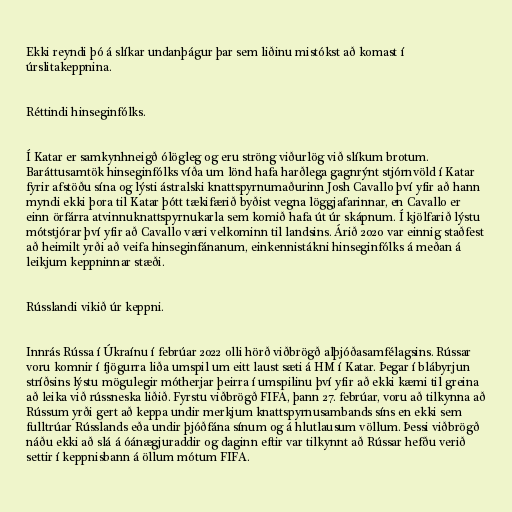
Ekki reyndi þó á slíkar undanþágur þar sem liðinu mistókst að komast í
úrslitakeppnina.

Réttindi hinseginfólks.

Í Katar er samkynhneigð ólögleg og eru ströng viðurlög við slíkum brotum.
Baráttusamtök hinseginfólks víða um lönd hafa harðlega gagnrýnt stjórnvöld í Katar
fyrir afstöðu sína og lýsti ástralski knattspyrnumaðurinn Josh Cavallo því yfir að hann
myndi ekki þora til Katar þótt tækifærið byðist vegna löggjafarinnar, en Cavallo er
einn örfárra atvinnuknattspyrnukarla sem komið hafa út úr skápnum. Í kjölfarið lýstu
mótstjórar því yfir að Cavallo væri velkominn til landsins. Árið 2020 var einnig staðfest
að heimilt yrði að veifa hinseginfánanum, einkennistákni hinseginfólks á meðan á
leikjum keppninnar stæði.

Rússlandi vikið úr keppni.

Innrás Rússa í Úkraínu í febrúar 2022 olli hörð viðbrögð alþjóðasamfélagsins. Rússar
voru komnir í fjögurra liða umspil um eitt laust sæti á HM í Katar. Þegar í blábyrjun
stríðsins lýstu mögulegir mótherjar þeirra í umspilinu því yfir að ekki kæmi til greina
að leika við rússneska liðið. Fyrstu viðbrögð FIFA, þann 27. febrúar, voru að tilkynna að
Rússum yrði gert að keppa undir merkjum knattspyrnusambands síns en ekki sem
fulltrúar Rússlands eða undir þjóðfána sínum og á hlutlausum völlum. Þessi viðbrögð
náðu ekki að slá á óánægjuraddir og daginn eftir var tilkynnt að Rússar hefðu verið
settir í keppnisbann á öllum mótum FIFA.